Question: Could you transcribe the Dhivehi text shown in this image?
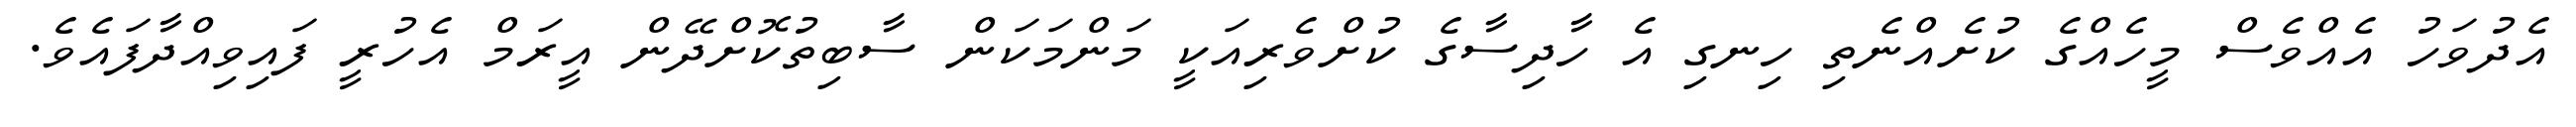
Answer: އެދުވަހު އެއްވެސް މީހެއްގެ ކުށެއްނެތި ހިނގި އެ ހާދިސާގެ ކުށްވެރިއަކީ މަންމަކަން ސާބިތުކޮށްދޭން އީރަމް އެހުރީ ފައިވިއްދާފައެވެ.